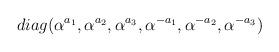
LaTeX: \begin{align*}diag (\alpha^{a_1}, \alpha^{a_2}, \alpha^{a_3}, \alpha^{-a_1}, \alpha^{-a_2}, \alpha^{-a_3})\end{align*}